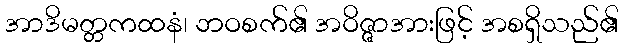
အာဒိမတ္တကထနံ၊ ဘဝစက်၏ အဝိဇ္ဇာအားဖြင့် အစရှိသည်၏